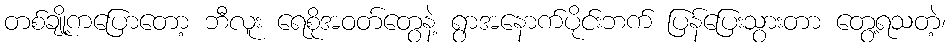
တစ်ချို့ကပြောတော့ ဘီလူး ရေစိုအဝတ်တွေနဲ့ ရွာအနောက်ပိုင်းဘက် ပြန်ပြေးသွားတာ တွေ့ရသတဲ့၊